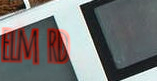
elm rd